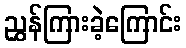
ညွှန်ကြားခဲ့ကြောင်း